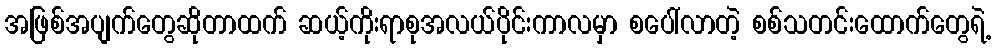
အဖြစ်အပျက်တွေဆိုတာထက် ဆယ့်ကိုးရာစုအလယ်ပိုင်းကာလမှာ စပေါ်လာတဲ့ စစ်သတင်းထောက်တွေရဲ့